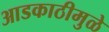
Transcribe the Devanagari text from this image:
आडकाठीमुळे